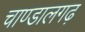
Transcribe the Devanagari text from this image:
चाण्डालगढ़